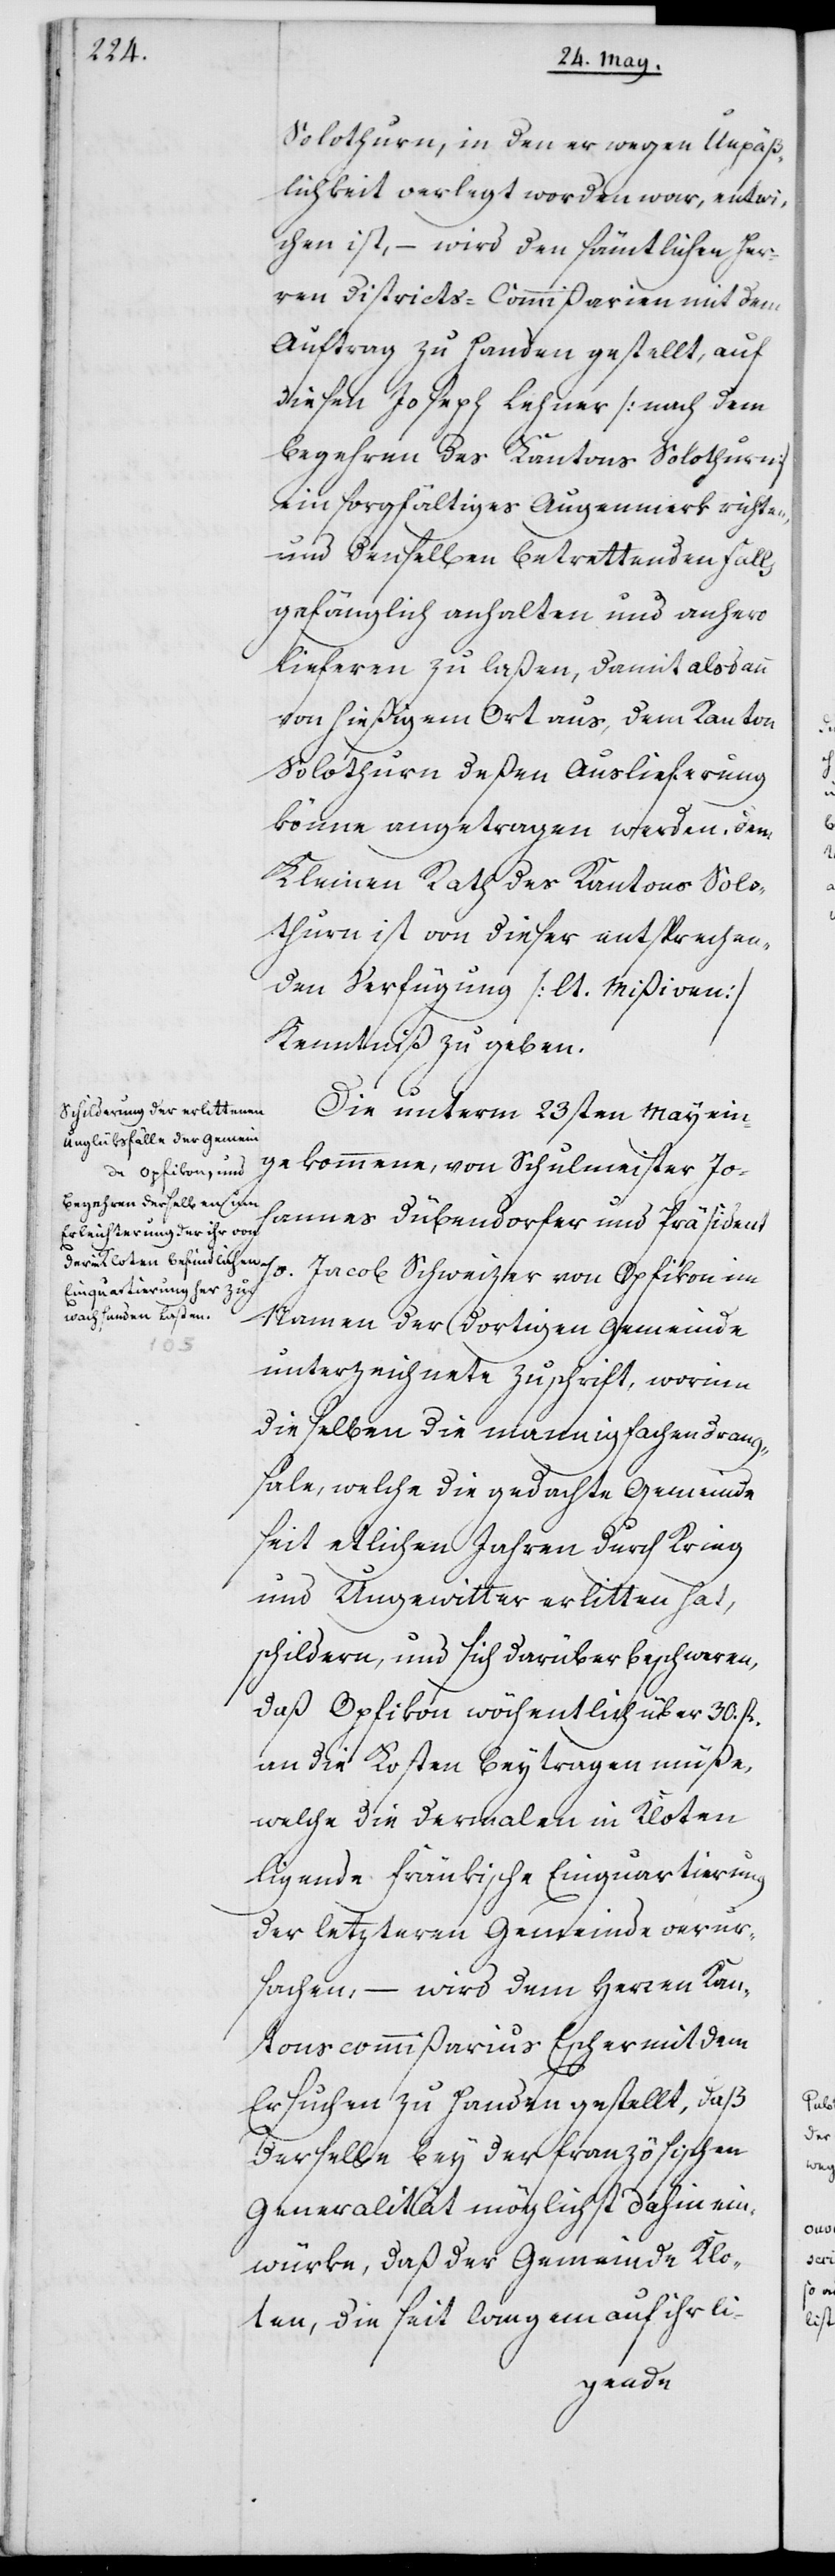
Solothurn, in den er wegen Unpäß¬
lichkeit verlegt worden war, entwi¬
chen ist, – wird den sämtlichen Her¬
ren Districts-Commißarien mit dem
Auftrag zu Handen gestellt, auf
diesen Joseph Lehner (nach dem
Begehren des Kantons Solothurn)
ein sorgfältiges Augenmerk richten
und denselben betrettenden Falls
gefänglich anhalten und anhero
lieferen zu laßen, damit alsdann
von hießigem Ort aus, dem Kanton
Solothurn deßen Auslieferung
könne angetragen werden. Dem
Kleinen Rath des Kantons Solo¬
thurn ist von dieser entsprechen¬
den Verfügung (lt. Mißiven)
Kenntniß zu geben.
Die unterm 23sten May ein¬
gekommene, von Schulmeister Joh¬
annes Dübendorfer und Präsident
Namen der dortigen Gemeinde
unterzeichnete Zuschrift, worinn
dieselben die mannigfachen Drang¬
sale, welche die gedachte Gemeinde
seit etlichen Jahren durch Krieg
und Ungewitter erlitten hat,
schildern, und sich darüber beschweren,
daß Opfikon wöchentlich über 30. fl.
an die Kosten beytragen müße,
welche die dermalen in Kloten
ligende fränkische Einquartierung
der letzteren Gemeinde verur¬
sachen, – wird dem Herren Kan¬
tonscommißarius Escher mit dem
Ersuchen zu Handen gestellt, daß
derselbe bey der französischen
Generalität möglichst dahin ein¬
würke, daß der Gemeinde Klo¬
ten, die seit langem auf ihr li-